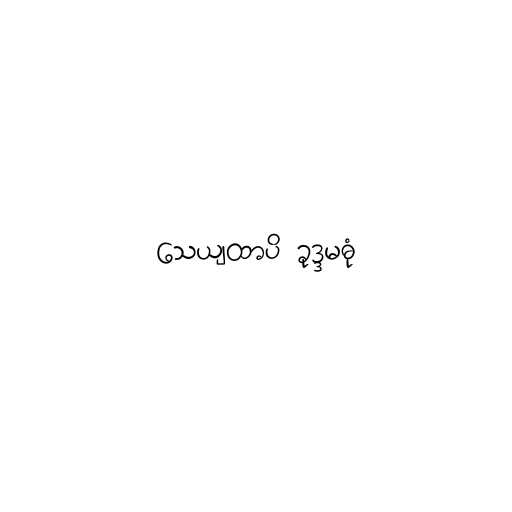
သေယျထာပိ ခုဒ္ဒမဓုံ